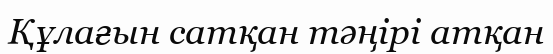
Құлағын сатқан тәңірі атқан